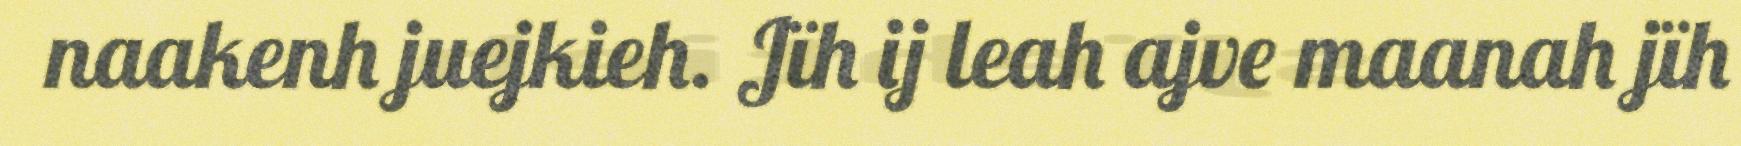
naakenh juejkieh. Jïh ij leah ajve maanah jïh